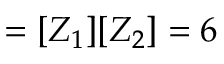
= [ Z _ { 1 } ] [ Z _ { 2 } ] = 6